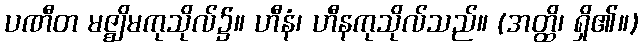
ပဏီတ မဇ္ဈိမကုသိုလ်၌။ ဟီနံ၊ ဟီနကုသိုလ်သည်။ (အတ္ထိ၊ ရှိ၏။)